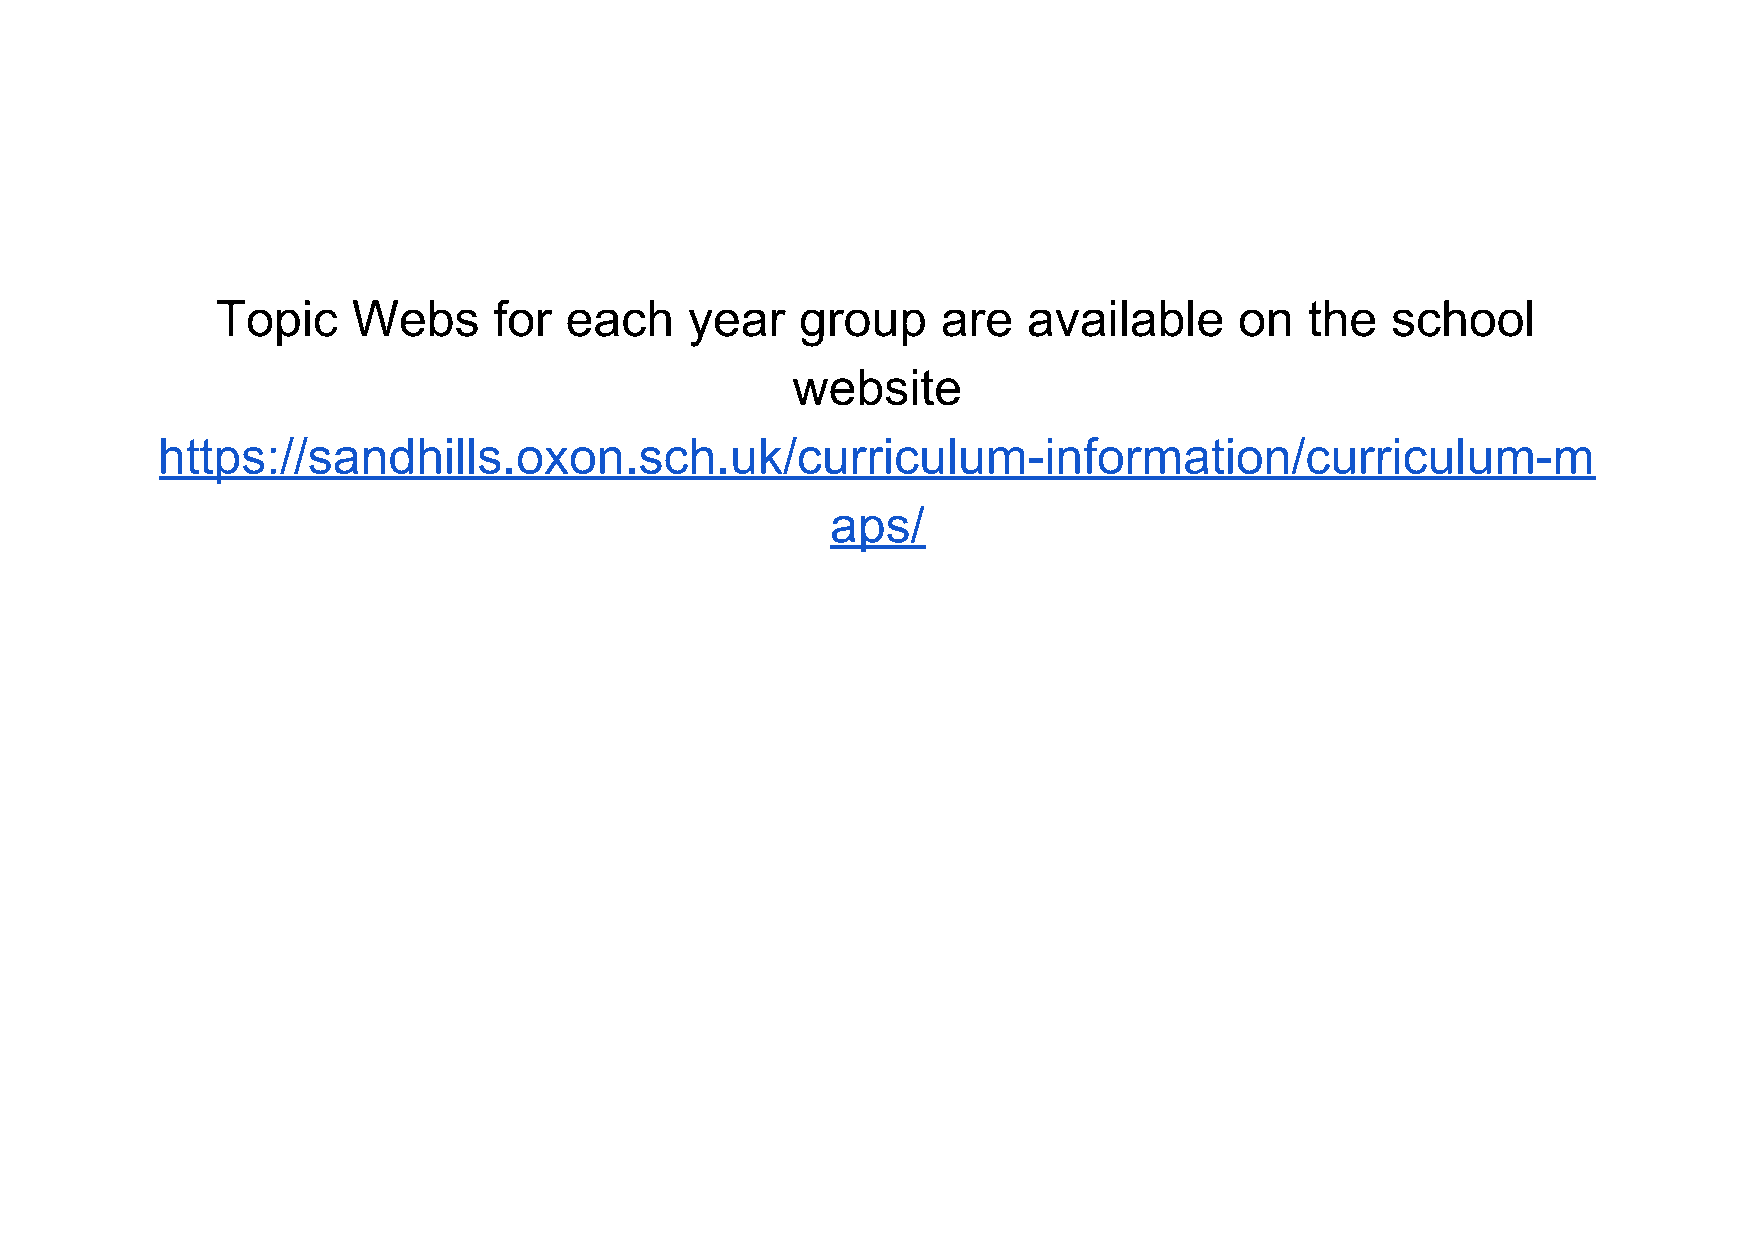
Topic    Webs      for each     year   group    are   available     on   the  school
 website
 https://sandhills.oxon.sch.uk/curriculum-information/curriculum-m
 aps/